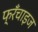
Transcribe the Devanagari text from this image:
फ्रँचाइज